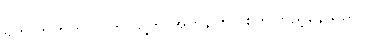
ရက် ဘတ်တလာက သူ့ကို အတန်ကြာ စိုက်ကြည့်နေသည်။